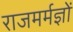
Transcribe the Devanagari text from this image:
राजमर्मज्ञों